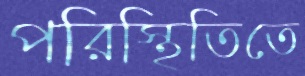
পরিস্থিতিতে